DOW-UAP-D28, Mission Report, Iraq, September 2024
Agency: Department of War
Incident date: 9/20/24
Incident location: Iraq
Page 4
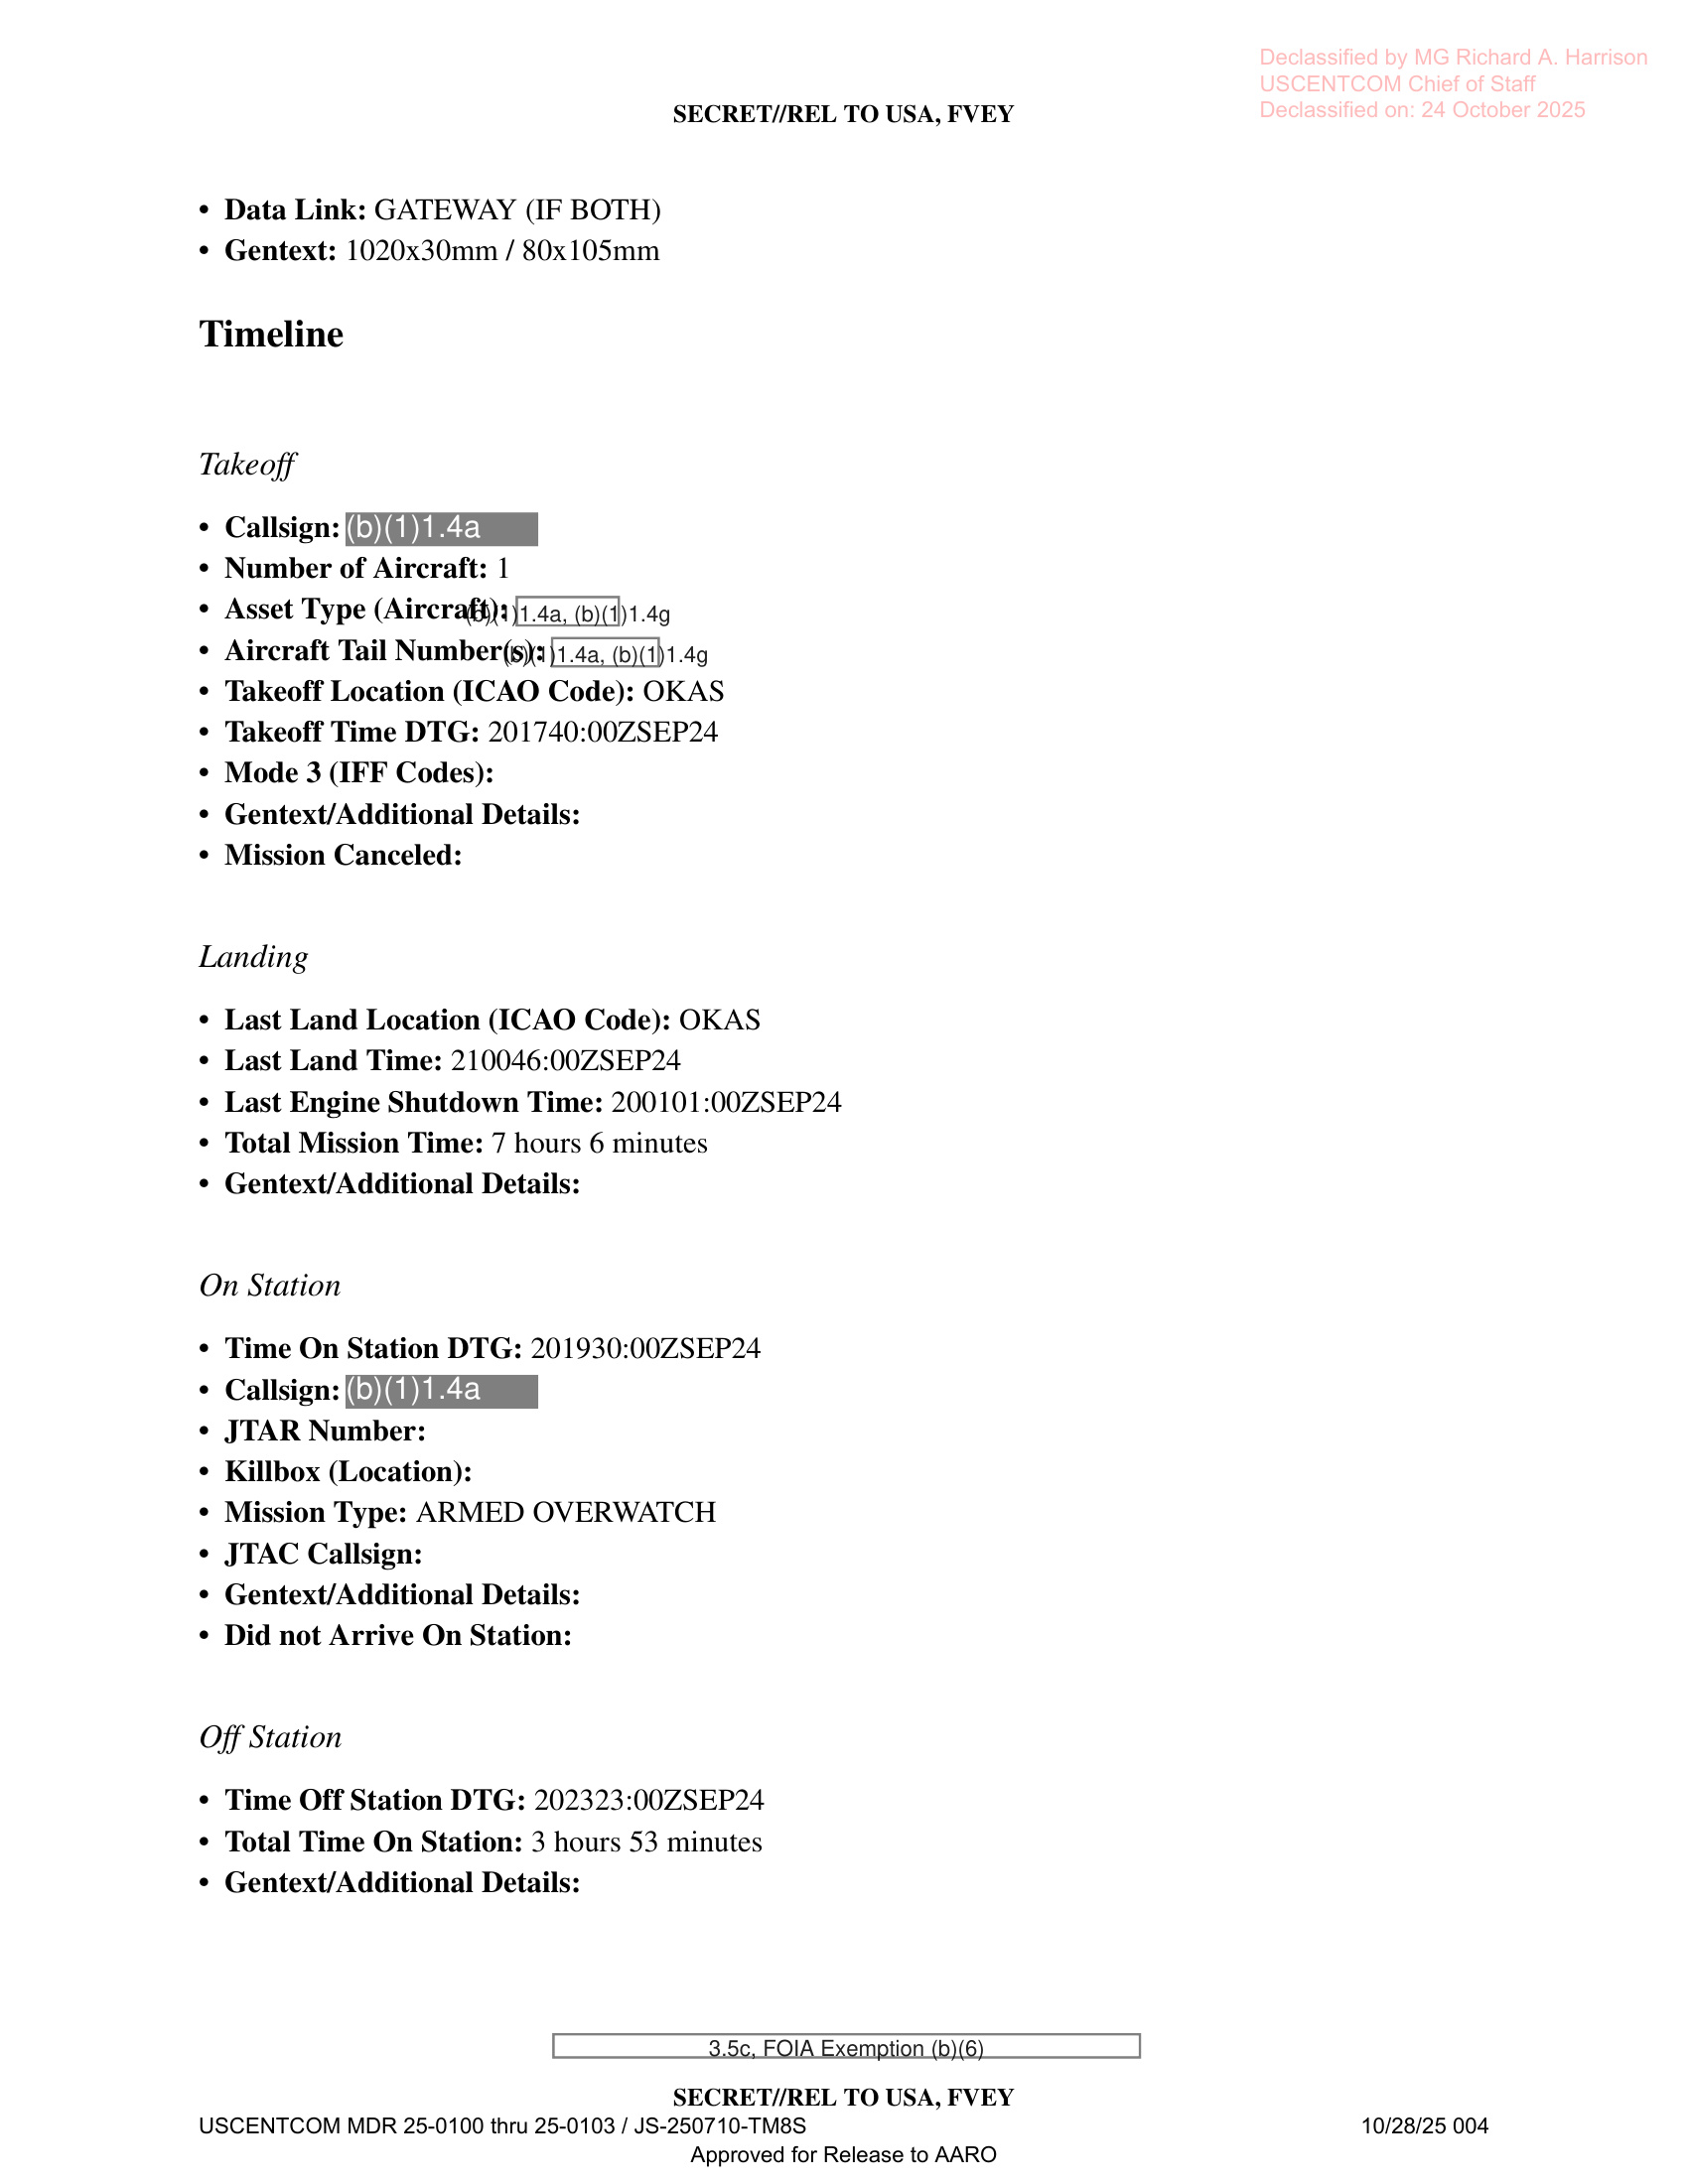